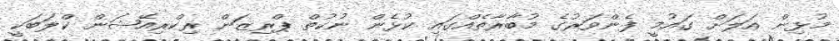
މުޅިން އަލަށް ގައުމީ ފެންވަރުގެ މުބާރާތެއްގައި ކުޅެން ނުކުތް ޕްރިޒަން ރިކްރިއޭޝަން ކްލަބަކީ